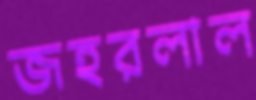
জহরলাল